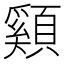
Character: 䫣